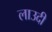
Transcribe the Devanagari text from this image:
लाउदी